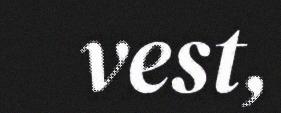
vest,